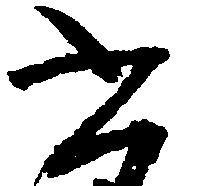
書